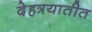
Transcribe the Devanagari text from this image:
देहत्रयातीत